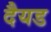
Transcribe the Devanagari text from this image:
दैयड